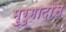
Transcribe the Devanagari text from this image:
मुरुगादोस